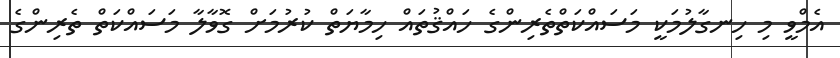
އެމްވީ މި ހިނގާލުމަކީ މަސައްކަތްތެރިންގެ ހައްޤުތައް ހިމާޔަތް ކުރުމަށް ގޮވާލާ މަސައްކަތް ތެރިންގެ